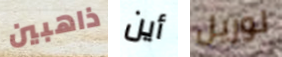
ذاهبين أين لوريل